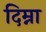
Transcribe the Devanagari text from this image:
दिम्ना